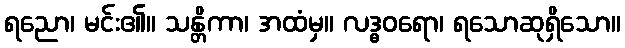
ရညော၊ မင်း၏။ သန္တိကာ၊ အထံမှ။ လဒ္ဓဝရော၊ ရသောဆုရှိသော။